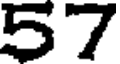
57